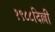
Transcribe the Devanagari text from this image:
१९८८दिल्ली